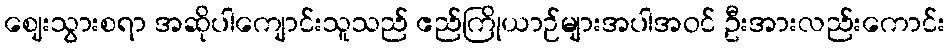
ဈေးသွားစရာ အဆိုပါကျောင်းသူသည် ဧည်ကြိုယာဉ်များအပါအဝင် ဦးအားလည်းကောင်း